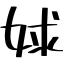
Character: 㛏